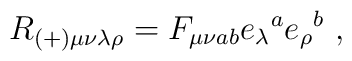
R_{(+)\mu\nu\lambda\rho}=F_{\mu\nu ab}e_{\lambda}{}^{a}	e_{\rho}{}^{b}\ ,